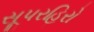
સૂપરહિરો